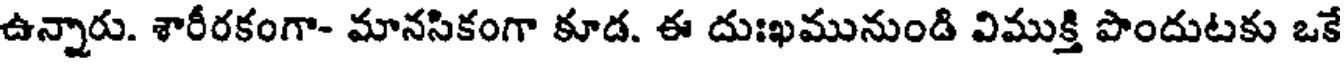
ఉన్నారు. శారీరకంగా- మానసికంగా కూడ. ఈ దుఃఖమునుండి విముక్తి పొందుటకు ఒకే